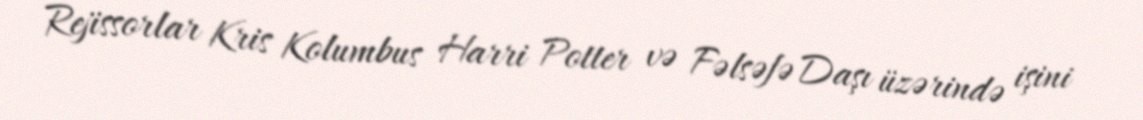
Rejissorlar Kris Kolumbus Harri Potter və Fəlsəfə Daşı üzərində işini